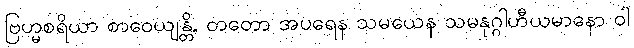
ဗြဟ္မစရိယာ စာဝေယျန္တိ, တတော အပရေန သမယေန သမနုဂ္ဂါဟီယမာနော ဝါ